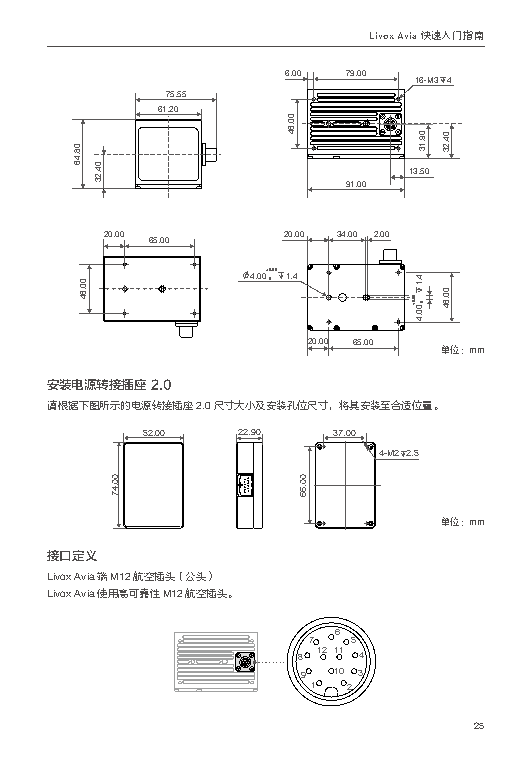
Livox Avia 快速入门指南
 66..0000 7799..0000
 1166--MM33 44
 7755..5555
 6611..2200
 1133..5500
 9911..0000
 2200..0000 6655..0000 2200..0000 3344..0000 22..0000
 44..0000++ 0000..0055 11..44
 2200..0000 6655..0000 单位：mm
 安装电源转接插座 2.0
 请根据下图所示的电源转接插座 2.0 尺寸大小及安装孔位尺寸，将其安装至合适位置。
 52.00  22.90 37.00
 4-M2 2.5
 单位：mm
 接口定义
 Livox Avia端M12航空插头（公头）
 Livox Avia使用高可靠性M12航空插头。
 6
 7  5
 8 1211 4
 9 10 3
 1 2
 25
 080.84.646
 000.06.464
 040.42.323
 00.47
 000.06.464
 00.66
 090.91.313
 4.41.150.50
 00+ .00 0+ 00.04.4
 040.42.323
 000.06.464